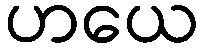
ဟယေ